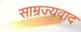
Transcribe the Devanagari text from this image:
साम्रज्यवाद